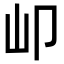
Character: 𡴹